Vana-Antsla_vallavalitsus, lk 7
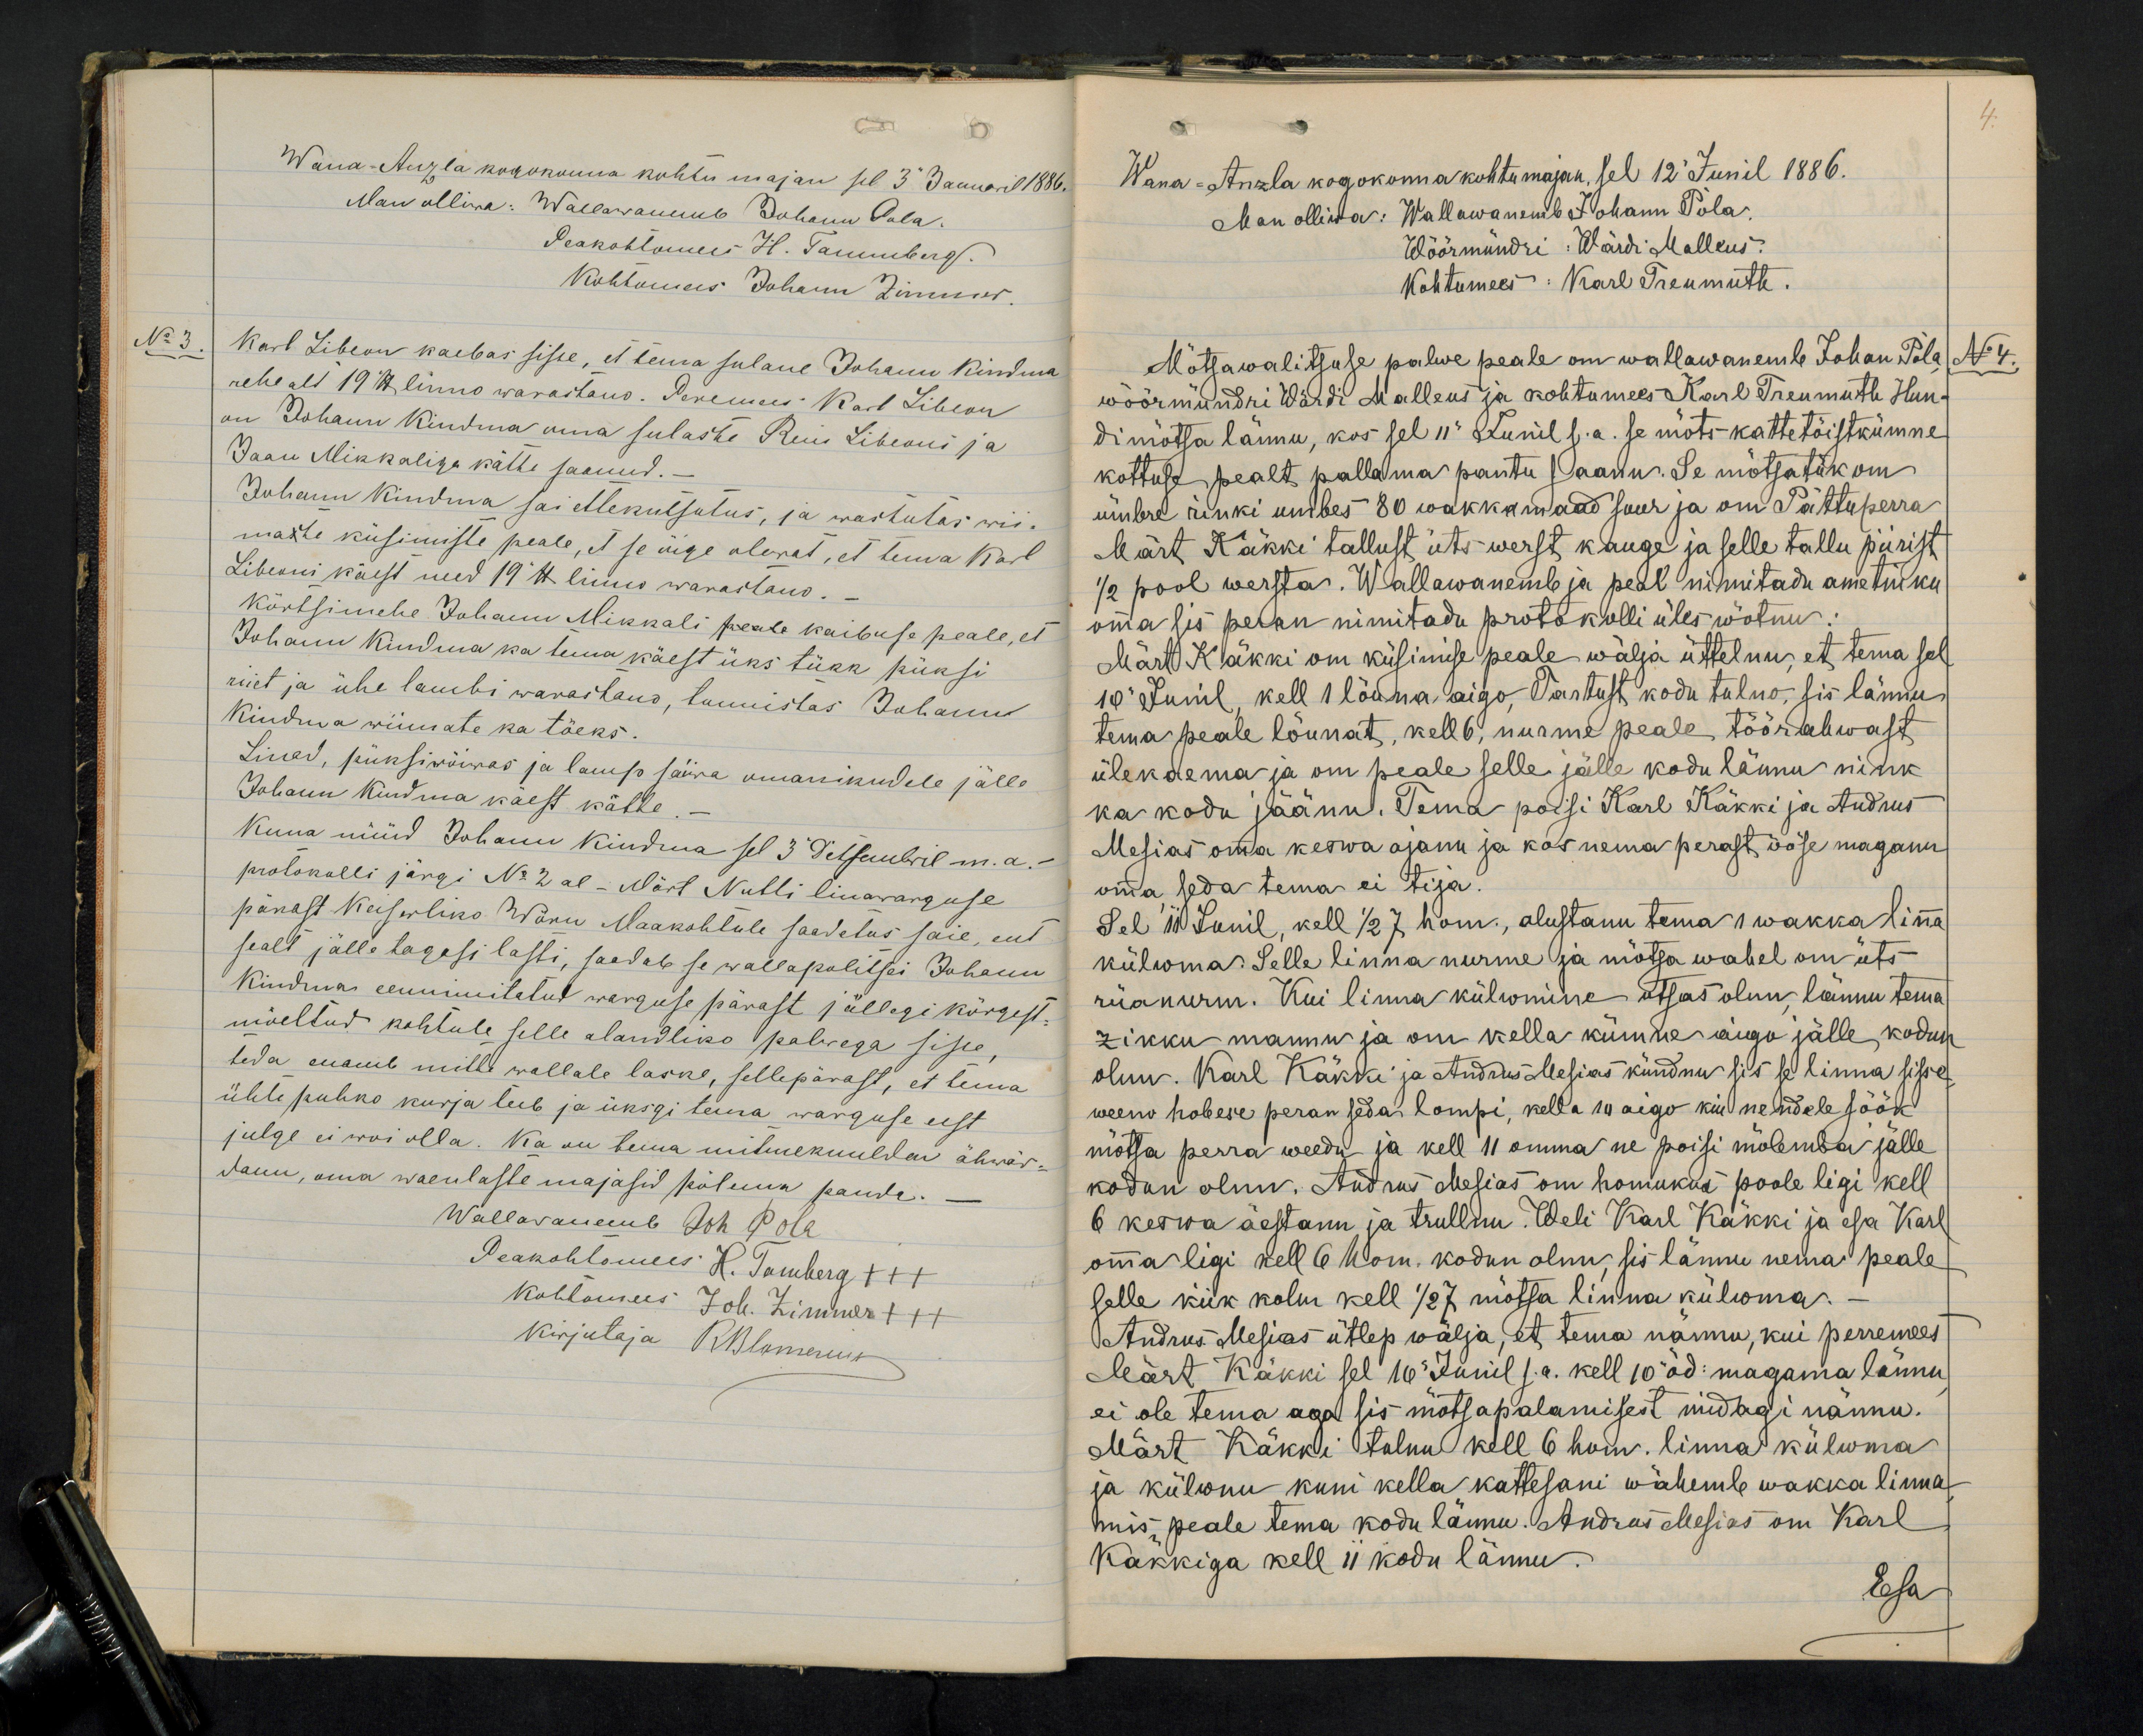
Wana-Anzla kogokonna kohtu majan sel 3 Januaril 1886.
Man olliwa: Wallawanemb Johann Pola.
Peakohtomees H. Tammberg.
Kohtomees Johann Zimmer.
Karl Libeon kaebas sisse, et tema sulane Johann Kiudma
rehe all 19 lb linno warastano. Peremees Karl Libeon
on Johann Kiudma oma sulaste Rein Libeoni ja
Jaan Mikkaliga kätte saanud.-
Johann Kiudma sai ettekutsutus, ja wastutas wii-
maste küsimiste peale, et se õige olewat, et tema Karl
Libeoni käest need 19 lb linno warastano.
Kõrtsimehe Johann Mikkali peale kaibuse peale, et
Johann Kiudma ka tema käest üks tükk püksi
riiet ja ühe lambi warastand, tunnistas Johann
Kiudma wiimate ka tõeks.
Linad, püksirõiwas ja lamp saiwa omanikudele jälle
Johann Kiudma käest kätte.-
Kuna nüüd Johann Kiudma sel 3 Detsembril m.a.
protokolli järgi No 2 al - Märt Nutti linawarguse
pärast Keiserliko Wõru Maakohtule saadetus saie, ent
sealt jälle tagasi lasti, saadab se wallapolitsei Johann
Kiudma eennimitetud warguse pärast jällegi kõrgest-
mõeltud kohtule selle alandliko palwega sisse,
teda enamb mitte wallale laske, sellepärast, et tema
ühte puhko kurja teeb ja üksgi tema warguse eest
julge ei woi olla. Ka on tema mitmekuuldav ähwar-
danu, oma waenlaste majasid põlema panda.
Wallawanemb Joh Pola
Peakohtomees H. Tamberg +++
Kohtomees Joh. Zimmer +++
kirjutaja RBlomerius

4.
Wana-Anzla kogokonna kohtumajan, sel 12 Junil 1886.
Man olliwa: Wallawanemb Johann Pola.
Wöörmündri: Wärdi Mallkus.
Kohtumees: Karl Treumuth.
Mõtsawalitsuse palwe peale on wallawanemb Johan Pola
No 4.
wöörmündri Wärdi Malleus ja kohtumees Karl Treumuth Hun-
dimõtsa lännu, kos sel 11 Junil s.a. se mõts kattetõistkümne
kottuse pealt pallama pantu saanu. Se mõtsatük om
ümbre rinki umbes 80 wakkamaad suur ja on Pättuperra
Märt Käkki tallust üts werst kauge ja selle tallu piirist
1/2 pool wersta. Wallawanemb ja peal nimitadu ametniku
omma sis peran nimitadu protokolli üles wõtnu:
Märt Käkki om küsimise peale wälja üttelnu, et tema sel
10 Junil, kell 1 lõuna aigo, Tartust kodu tulno, sis lännu
tema peale lõunat, kell 6, nurme peale töö röörahwast
ülekaema ja om peale selle jälle kodu lännu nink
ka kodu jäänu. Tema poisi Karl Käkki ja Andrus
Mesias omma keswa ajanu ja kas nema perast ööse magama
omma, seda tema ei tija.
Sel 10 Junil, kell 1/2 7 hom., alustanu tema 1 wakka linna
külwma. Selle linna nurme ja mõtsa wahel om üts
rüanurm. Kui linna külwamine otsas olnu, lännu tema
zikku mannu ja om kella kümne aigu jälle kodun
olnu. Karl Käkki ja Andrus Messias kündnu sis se linna sisse
weeno hobese peran seda lompi, kella 10 aigo kui nendele söök
mõtsa perra weedu ja kell 11 omma ne poisi mõlemba jälle
kodun olnu. Andrus Mesias om homukud poole ligi kell
6 keswa äestanu ja trullnu. Weli Karl Käkki ja esa Karl
omma ligi kell 6 hom. kodun olnu, sis lännu nema peale
selle kiik kolm kell 1/2 7 mõtsa linna külwma.
Andrus Mesias ütlep wälja, et tema nännu, kui perremees
Märt Käkki sel 10. Junil s.a. kell 10 öd: magama lännu
ei ole tema aga sis mõtsapalamisest midagi nännu.
Märt Käkki tulnu kell 6 hom. linna külwma
ja külwnu kuni kella kattesani wähemb wakka linna
mis peale tema kodu lännu. Andrus Mesias om Karl
Käkkiga kell 11 kodu lännu.
Esa

No 3